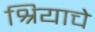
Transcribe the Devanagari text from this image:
श्रियाचे